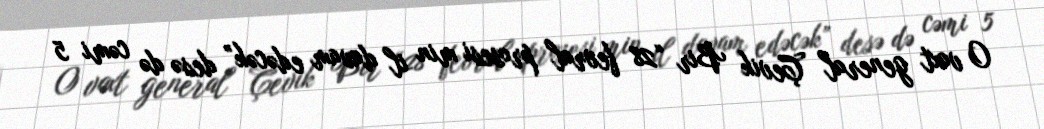
O vaxt general Çevik Bir “28 fevral prosesi min il davam edəcək” desə də cəmi 5